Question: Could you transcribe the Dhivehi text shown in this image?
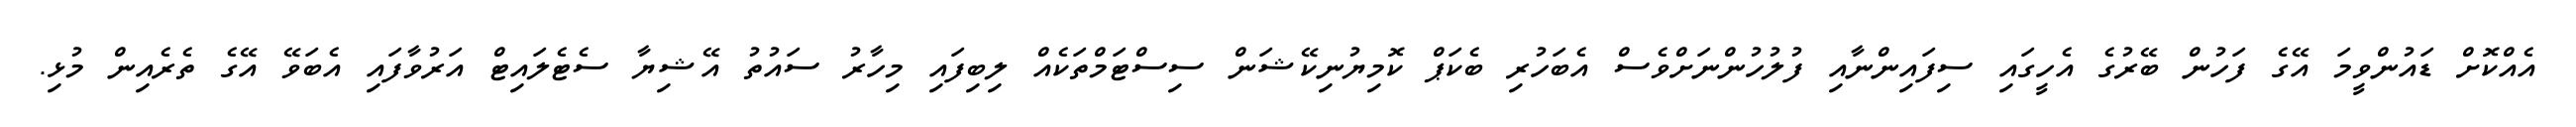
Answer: އެއްކޮށް ޑައުންވީމަ އޭގެ ފަހުން ބޭރުގެ އެހީގައި ސިފައިންނާއި ފުލުހުންނަށްވެސް އެބަހުރި ބެކަޕް ކޮމިޔުނިކޭޝަން ސިސްޓަމްތަކެއް ލިބިފައި މިހާރު ސައުތު އޭޝިޔާ ސެޓެލައިޓް އަރުވާފައި އެބަވޭ އޭގެ ތެރެއިން މުޅި.